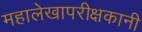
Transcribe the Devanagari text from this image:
महालेखापरीक्षकानी